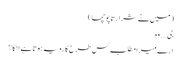
( میں نے شرارتاً پوچھا )
جی…. وہ
ارے میرا مطلب کس طرح کا رویہ ہوتا ہے انکا ؟